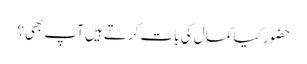
حضور کیا کمال کی بات کرتے ہیں آپ بھی؟